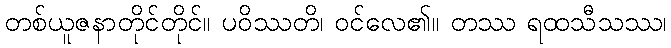
တစ်ယူဇနာတိုင်တိုင်။ ပဝိဿတိ၊ ဝင်လေ၏။ တဿ ရထသီသဿ၊